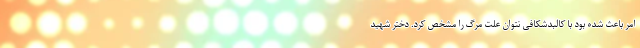
امر باعث شده بود با کالبدشکافی نتوان علت مرگ را مشخص کرد. دختر شهید